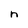
Character: n